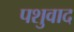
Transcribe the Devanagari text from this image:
पशुवाद